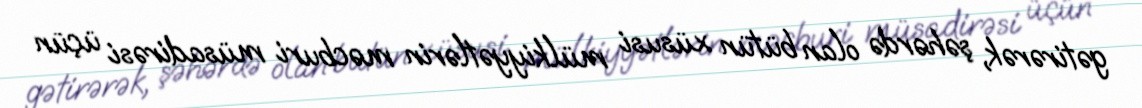
gətirərək, şəhərdə olan bütün xüsusi mülkiyyətlərin məcburi müsadirəsi üçün